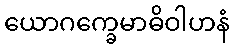
ယောဂက္ခေမာဓိဝါဟနံ